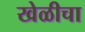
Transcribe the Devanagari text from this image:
खेळीचा